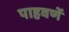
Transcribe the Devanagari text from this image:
पाहवणें